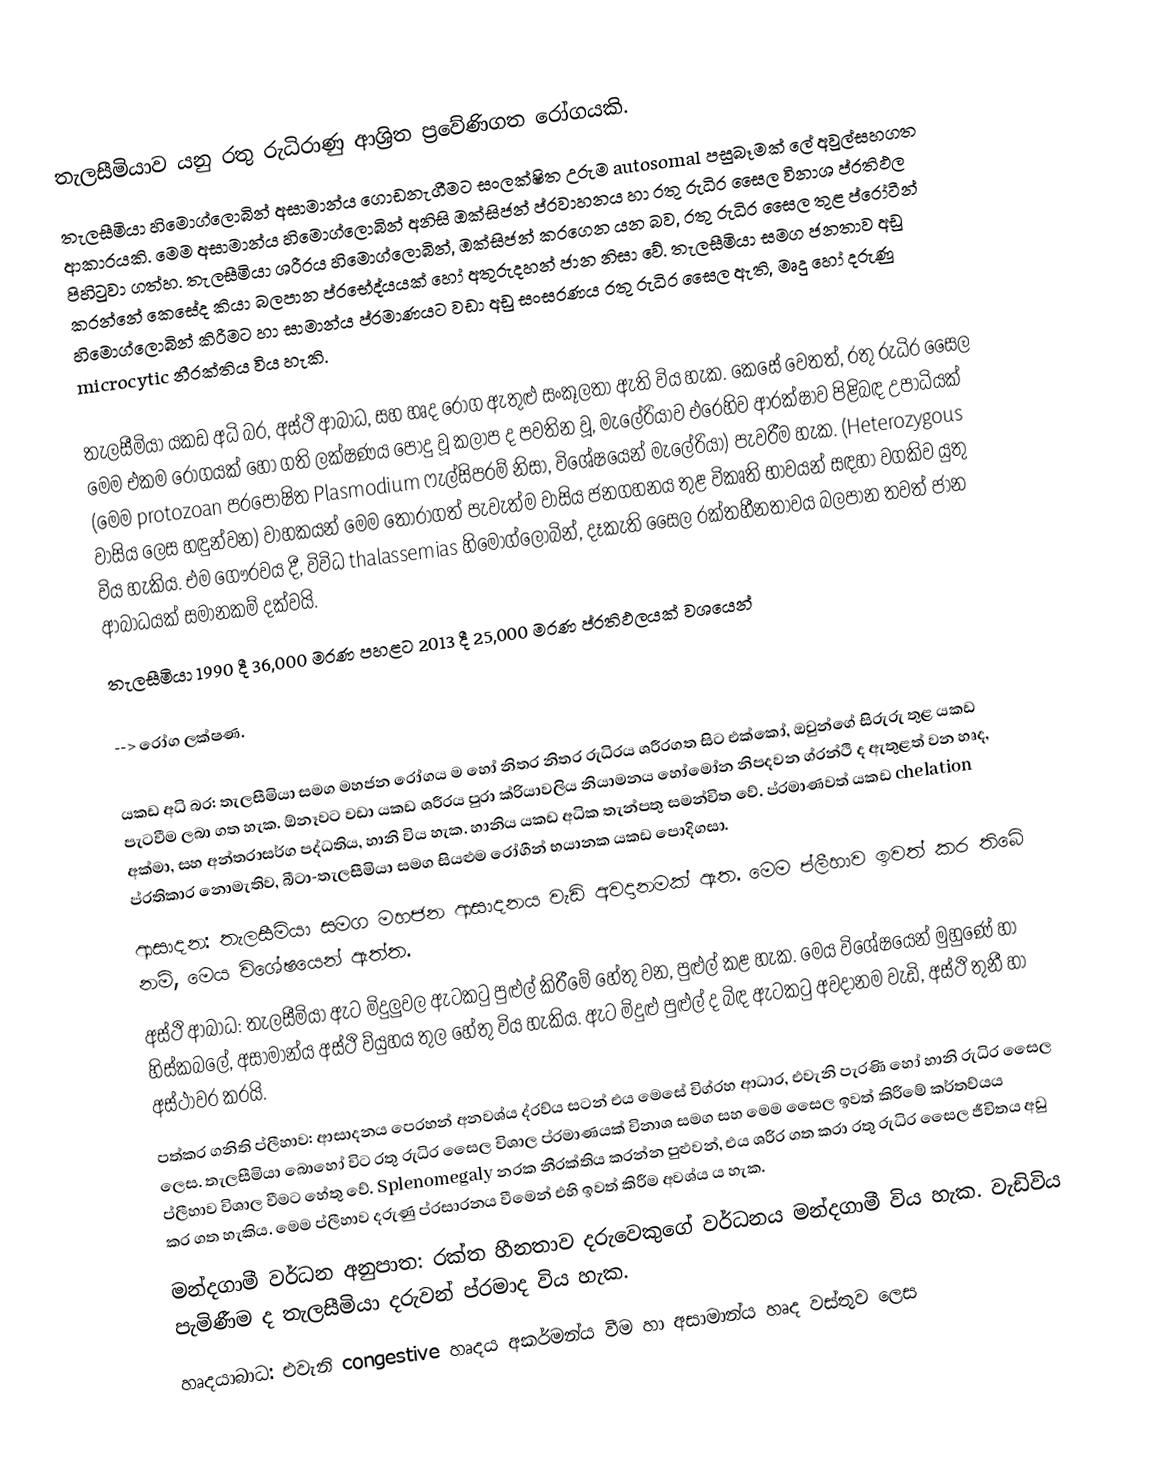
තැලසීමියාව යනු රතු රුධිරාණු  ආශ්‍රිත ප්‍රවේණිගත රෝගයකි.
තැලසීමියා හිමොග්ලොබින් අසාමාන්ය ගොඩනැගීමට සංලක්ෂිත උරුම autosomal පසුබෑමක් ලේ අවුල්සහගත ආකාරයකි. මෙම අසාමාන්ය හිමොග්ලොබින් අනිසි ඔක්සිජන් ප්රවාහනය හා රතු රුධිර සෛල විනාශ ප්රතිඵල පිහිටුවා ගත්හ. තැලසීමියා ශරීරය හිමොග්ලොබින්, ඔක්සිජන් කරගෙන යන බව, රතු රුධිර සෛල තුළ ප්රෝටීන් කරන්නේ කෙසේද කියා බලපාන ප්රභේද්යයක් හෝ අතුරුදහන් ජාන නිසා වේ. තැලසීමියා සමග ජනතාව අඩු හිමොග්ලොබින් කිරීමට හා සාමාන්ය ප්රමාණයට වඩා අඩු සංසරණය රතු රුධිර සෛල ඇති, මෘදු හෝ දරුණු microcytic නීරක්තිය විය හැකි.

තැලසීමියා යකඩ අධි බර, අස්ථි ආබාධ, සහ හෘද රෝග ඇතුළු සංකූලතා ඇති විය හැක. කෙසේ වෙතත්, රතු රුධිර සෛල මෙම එකම රෝගයක් හෝ ගති ලක්ෂණය පොදු වූ කලාප ද පවතින වූ, මැලේරියාව එරෙහිව ආරක්ෂාව පිළිබඳ උපාධියක් (මෙම protozoan පරපෝෂිත Plasmodium ෆැල්සිපරම් නිසා, විශේෂයෙන් මැලේරියා) පැවරීම හැක. (Heterozygous වාසිය ලෙස හඳුන්වන) වාහකයන් මෙම තෝරාගත් පැවැත්ම වාසිය ජනගහනය තුළ විකෘති භාවයන් සඳහා වගකිව යුතු විය හැකිය. එම ගෞරවය දී, විවිධ thalassemias හිමොග්ලොබින්, දෑකැති සෛල රක්තහීනතාවය බලපාන තවත් ජාන ආබාධයක් සමානකම් දක්වයි.
තැලසීමියා 1990 දී 36,000 මරණ පහළට 2013 දී 25,000 මරණ ප්රතිඵලයක් වශයෙන්

--> රෝග ලක්ෂණ.

යකඩ අධි බර: තැලසීමියා සමග මහජන රෝගය ම හෝ නිතර නිතර රුධිරය ශරීරගත සිට එක්කෝ, ඔවුන්ගේ සිරුරු තුළ යකඩ පැටවීම ලබා ගත හැක. ඕනෑවට වඩා යකඩ ශරීරය පුරා ක්රියාවලිය නියාමනය හෝමෝන නිපදවන ග්රන්ථි ද ඇතුළත් වන හෘද, අක්මා, සහ අන්තරාසර්ග පද්ධතිය, හානි විය හැක. හානිය යකඩ අධික තැන්පතු සමන්විත වේ. ප්රමාණවත් යකඩ chelation ප්රතිකාර නොමැතිව, බීටා-තැලසීමියා සමග සියළුම රෝගීන් භයානක යකඩ පොදිගසා.
ආසාදන: තැලසීමියා සමග මහජන ආසාදනය වැඩි අවදානමක් ඇත. මෙම ප්ලීහාව ඉවත් කර තිබේ නම්, මෙය විශේෂයෙන් ඇත්ත.
අස්ථි ආබාධ: තැලසීමියා ඇට මිදුලුවල ඇටකටු පුළුල් කිරීමේ හේතු වන, පුළුල් කළ හැක. මෙය විශේෂයෙන් මුහුණේ හා හිස්කබලේ, අසාමාන්ය අස්ථි ව්යුහය තුල හේතු විය හැකිය. ඇට මිදුළු පුළුල් ද බිඳ ඇටකටු අවදානම වැඩි, අස්ථි තුනී හා අස්ථාවර කරයි.
පත්කර ගනිති ප්ලීහාව: ආසාදනය පෙරහන් අනවශ්ය ද්රව්ය සටන් එය මෙසේ විග්රහ ආධාර, එවැනි පැරණි හෝ හානි රුධිර සෛල ලෙස. තැලසීමියා බොහෝ විට රතු රුධිර සෛල විශාල ප්රමාණයක් විනාශ සමග සහ මෙම සෛල ඉවත් කිරීමේ කර්තව්යය ප්ලීහාව විශාල වීමට හේතු වේ. Splenomegaly නරක නීරක්තිය කරන්න පුළුවන්, එය ශරීර ගත කරා රතු රුධිර සෛල ජීවිතය අඩු කර ගත හැකිය. මෙම ප්ලීහාව දරුණු ප්රසාරනය වීමෙන් එහි ඉවත් කිරීම අවශ්ය ය හැක.
මන්දගාමී වර්ධන අනුපාත: රක්ත හීනතාව දරුවෙකුගේ වර්ධනය මන්දගාමී විය හැක. වැඩිවිය පැමිණීම ද තැලසීමියා දරුවන් ප්රමාද විය හැක.
හෘදයාබාධ: එවැනි congestive හෘදය අකර්මන්ය වීම හා අසාමාන්ය හෘද වස්තුව ලෙස